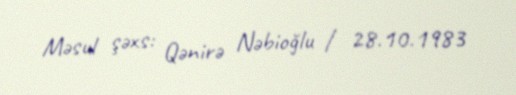
Məsul şəxs: Qənirə Nəbioğlu / 28.10.1983